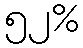
၅၂%